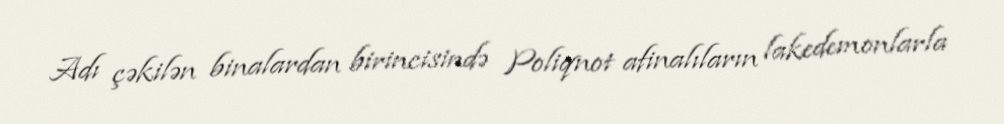
Adı çəkilən binalardan birincisində Poliqnot afinalıların lakedemonlarla